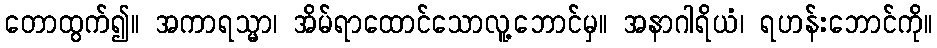
တောထွက်၍။ အကာရသ္မာ၊ အိမ်ရာထောင်သောလူ့ဘောင်မှ။ အနာဂါရိယံ၊ ရဟန်းဘောင်ကို။